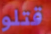
قتلو